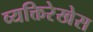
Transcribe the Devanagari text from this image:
व्यक्तिरेखेस